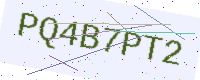
Text: PQ4B7PT2